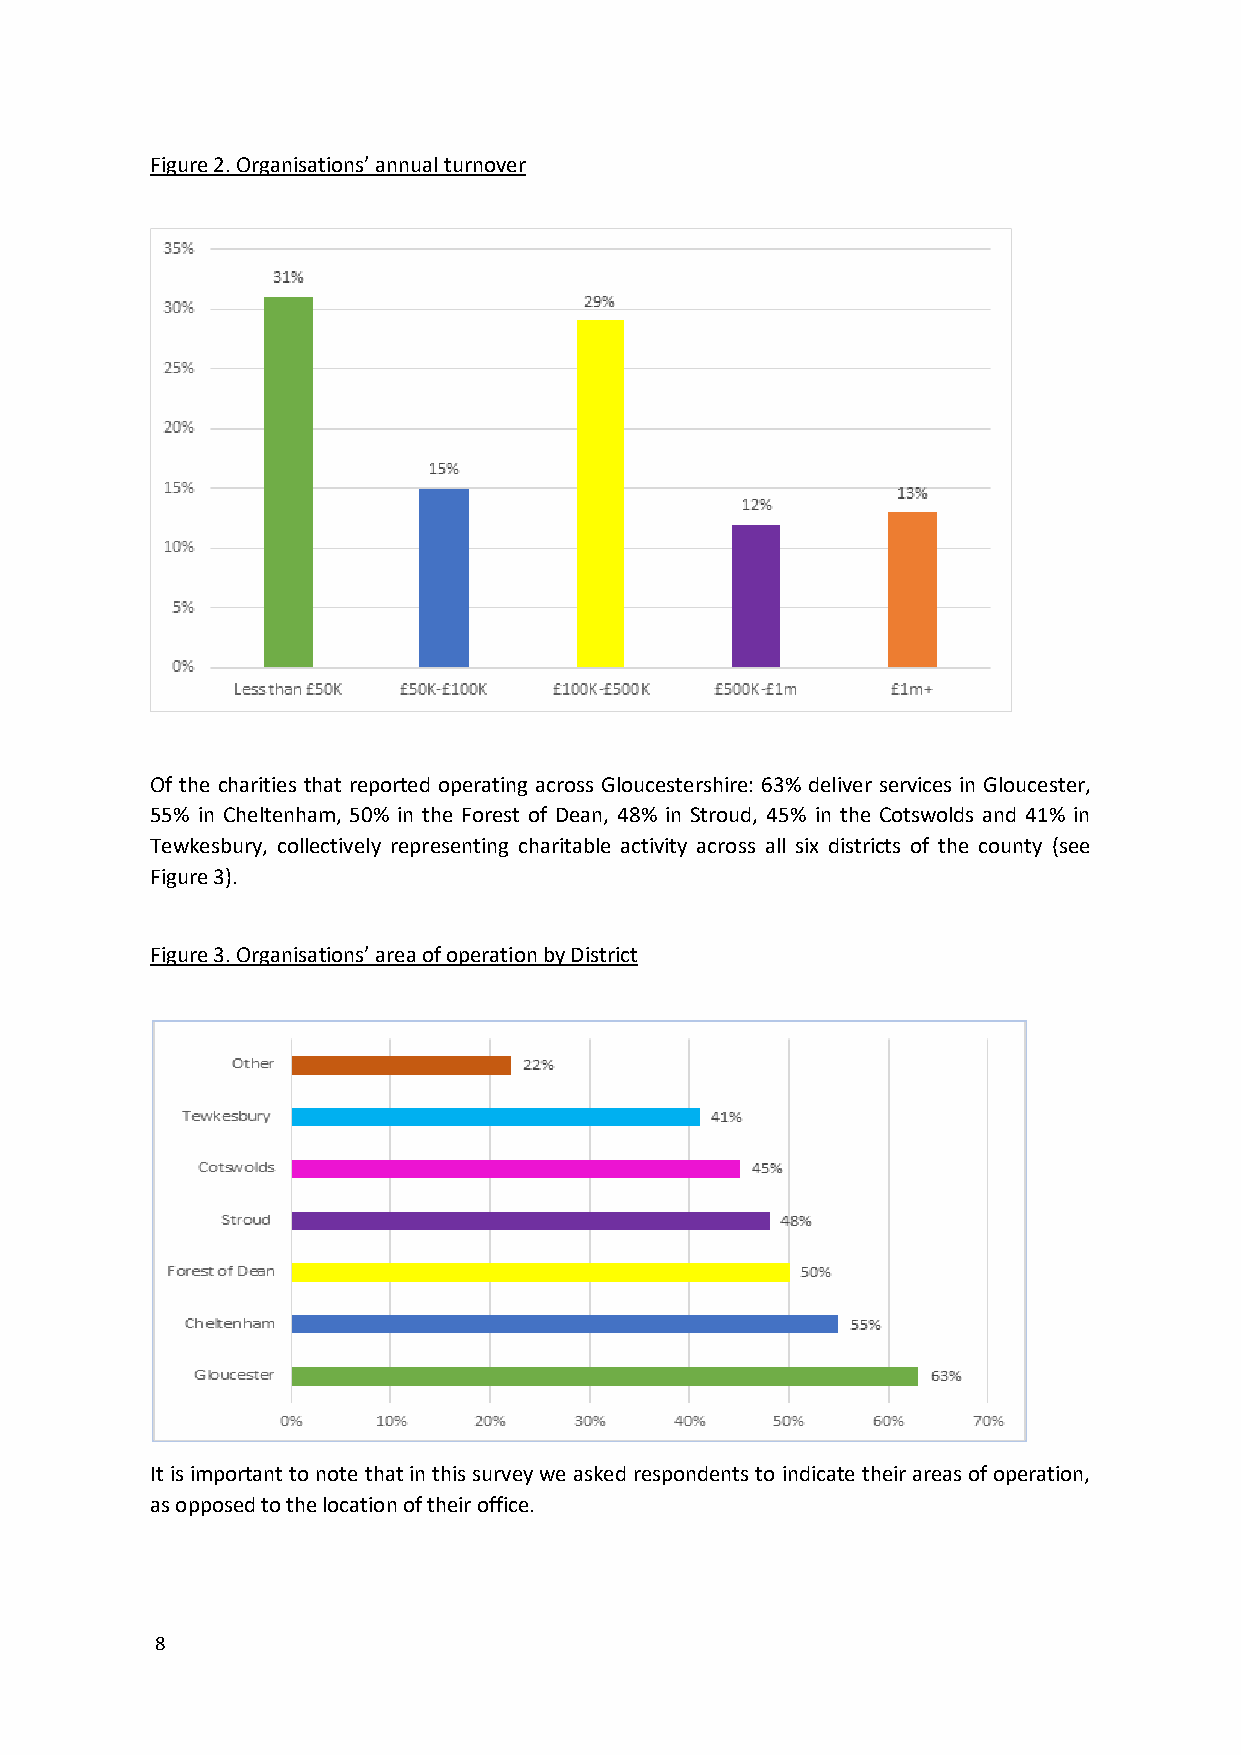
Figure 2. Organisations’ annual turnover
 Of the charities that reported operating across Gloucestershire: 63% deliver services in Gloucester,
 55% in Cheltenham, 50% in the Forest of Dean, 48% in Stroud, 45% in the Cotswolds and 41% in
 Tewkesbury, collectively representing charitable activity across all six districts of the county (see
 Figure 3).
 Figure 3. Organisations’ area of operation by District
 It is important to note that in this survey we asked respondents to indicate their areas of operation,
 as opposed to the location of their office.
 8